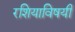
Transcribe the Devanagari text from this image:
रशियाविषयी